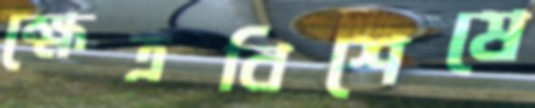
ক্ষেত্রবিশেষে